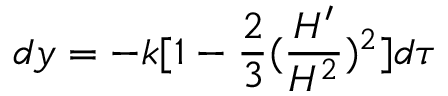
d y = - k [ 1 - \frac { 2 } { 3 } ( \frac { H ^ { \prime } } { H ^ { 2 } } ) ^ { 2 } ] d \tau